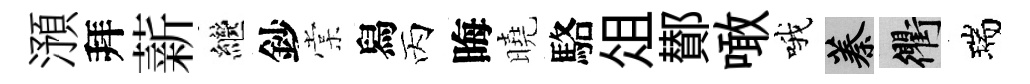
澦拜薪繼鈔棠舄丙晦曉駱俎鄼噉哦蓁衢瑞